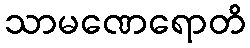
သာမဏေရောတိ